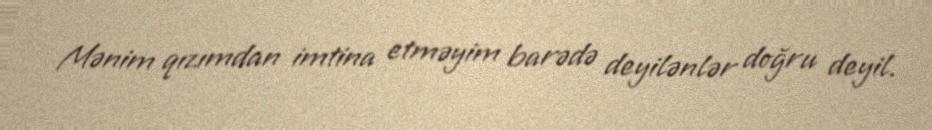
Mənim qızımdan imtina etməyim barədə deyilənlər doğru deyil.